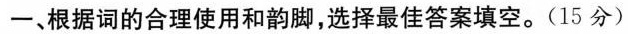
一、根据词的合理使用和韵脚,选择最佳答案填空.(15 分)